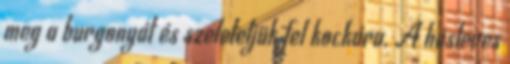
meg a burgonyát és szeleteljük fel kockára. A húsleves